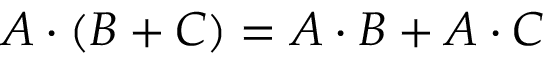
A \cdot ( B + C ) = A \cdot B + A \cdot C